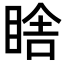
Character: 𭾼